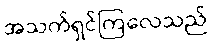
အသက်ရှင်ကြလေသည်